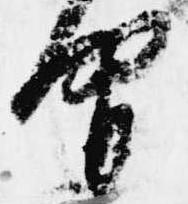
間